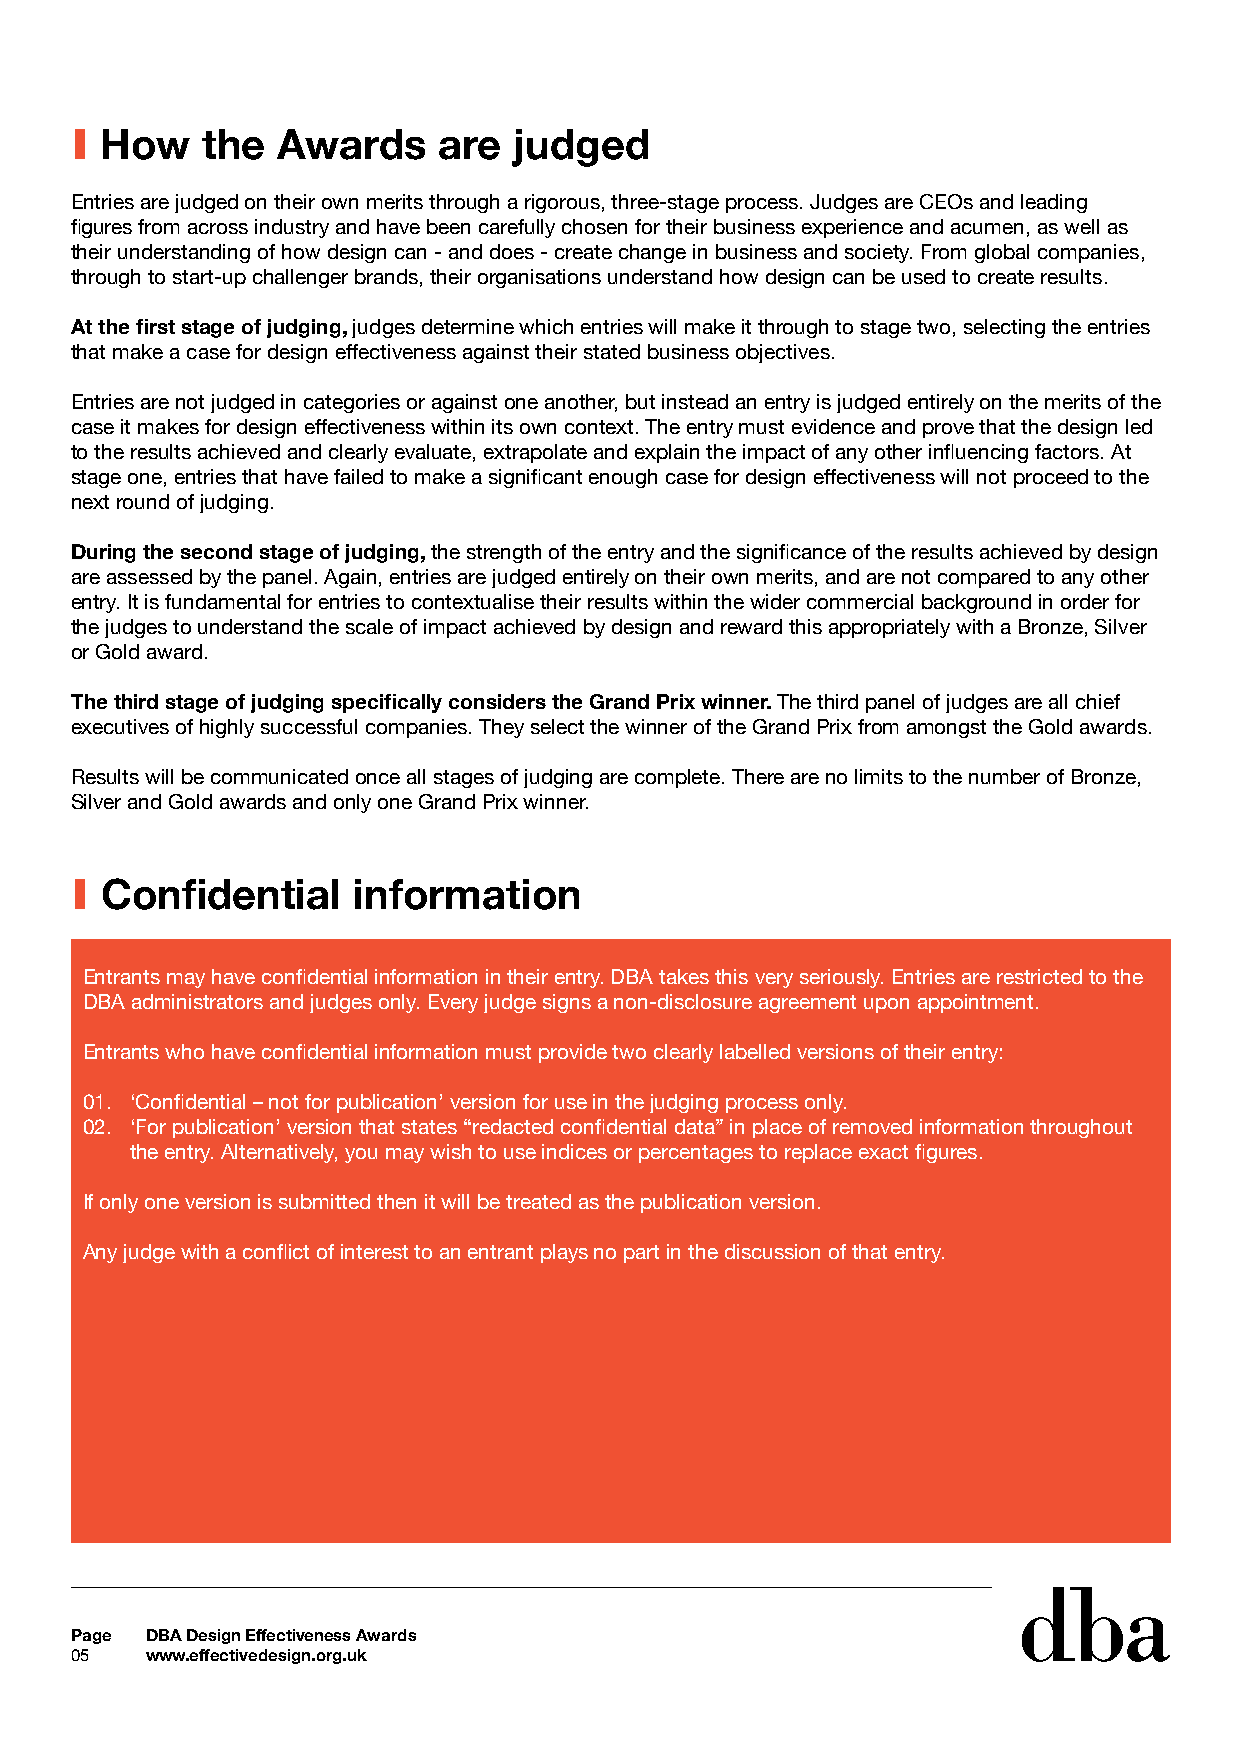
I How   the  Awards     are  judged
 Entries are judged on their own merits through a rigorous, three-stage process. Judges are CEOs and leading
 figures from across industry and have been carefully chosen for their business experience and acumen, as well as
 their understanding of how design can - and does - create change in business and society. From global companies,
 through to start-up challenger brands, their organisations understand how design can be used to create results.
 At the first stage of judging, judges determine which entries will make it through to stage two, selecting the entries
 that make a case for design effectiveness against their stated business objectives.
 Entries are not judged in categories or against one another, but instead an entry is judged entirely on the merits of the
 case it makes for design effectiveness within its own context. The entry must evidence and prove that the design led
 to the results achieved and clearly evaluate, extrapolate and explain the impact of any other influencing factors. At
 stage one, entries that have failed to make a significant enough case for design effectiveness will not proceed to the
 next round of judging.
 During the second stage of judging, the strength of the entry and the significance of the results achieved by design
 are assessed by the panel. Again, entries are judged entirely on their own merits, and are not compared to any other
 entry. It is fundamental for entries to contextualise their results within the wider commercial background in order for
 the judges to understand the scale of impact achieved by design and reward this appropriately with a Bronze, Silver
 or Gold award.
 The third stage of judging specifically considers the Grand Prix winner. The third panel of judges are all chief
 executives of highly successful companies. They select the winner of the Grand Prix from amongst the Gold awards.
 Results will be communicated once all stages of judging are complete. There are no limits to the number of Bronze,
 Silver and Gold awards and only one Grand Prix winner.
 I Confidential    information
 Entrants may have confidential information in their entry. DBA takes this very seriously. Entries are restricted to the
 DBA administrators and judges only. Every judge signs a non-disclosure agreement upon appointment.
 Entrants who have confidential information must provide two clearly labelled versions of their entry:
 01. ‘Confidential – not for publication’ version for use in the judging process only.
 02. ‘For publication’ version that states “redacted confidential data” in place of removed information throughout
 the entry. Alternatively, you may wish to use indices or percentages to replace exact figures.
 If only one version is submitted then it will be treated as the publication version.
 Any judge with a conflict of interest to an entrant plays no part in the discussion of that entry.
 Page DBA Design Effectiveness Awards
 05   www.effectivedesign.org.uk